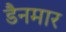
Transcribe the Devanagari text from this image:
डैनमार